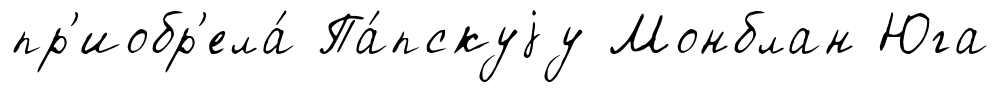
пр'иобр'ела́ Па́пскуjу Монблан Юга